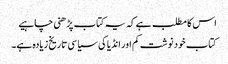
اس کا مطلب ہے کہ یہ کتاب پڑھنی چاہیے
کتاب خود نوشت کم اور انڈیا کی سیاسی تاریخ زیادہ ہے۔